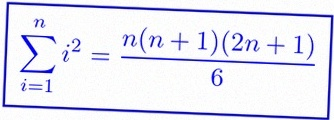
\sum_{i=1}^{n}i^2=\frac{n(n+1)(2n+1)}6